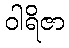
ဝါရိဇာ